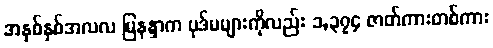
အနှစ်နှစ်အလလ မြနန္ဒာက ပုဒ်မများကိုလည်း ၁,၃၇၄ ဇာတ်ကားတစ်ကား